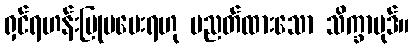
ရှင်ရဟန်းပြုမပေးရဟု ပညတ်ထားသော သိက္ခာပုဒ်။